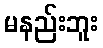
မနည်းဘူး